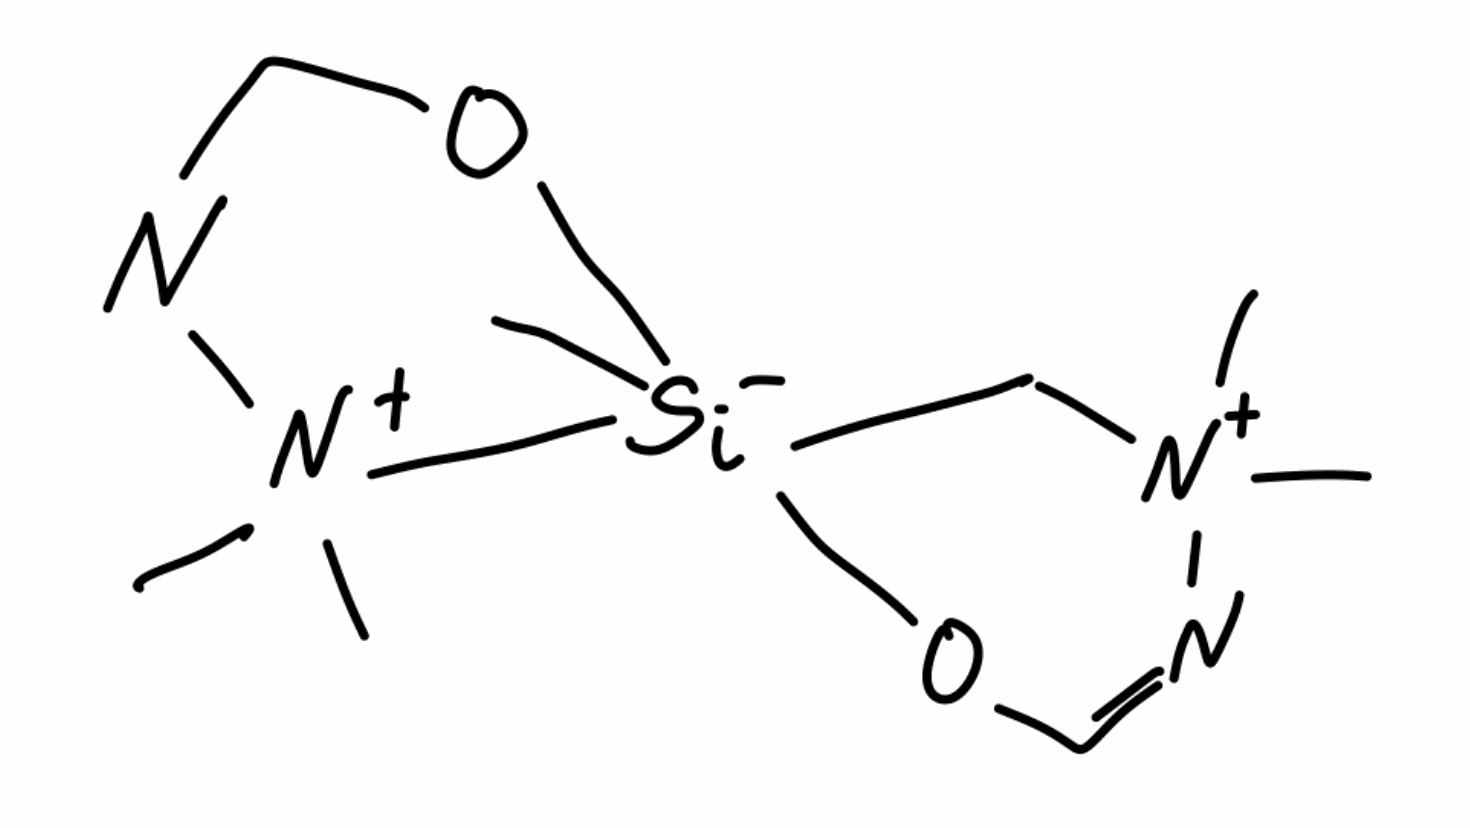
Simplified molecular-input line-entry system (SMILES) notation of the given molecule:
C[N+]1(C[Si-]2([N+](N=CO2)(C)C)(OC=N1)C)C